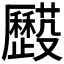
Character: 𠫌